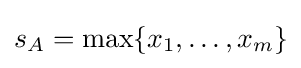
s_{A}=\max\{x_{1},\ldots ,x_{m}\}